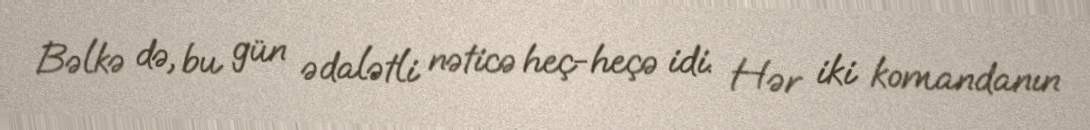
Bəlkə də, bu gün ədalətli nəticə heç-heçə idi. Hər iki komandanın